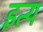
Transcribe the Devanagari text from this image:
इत्य